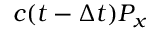
c ( t - \Delta t ) P _ { x }